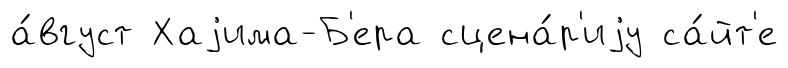
а́вгуст Хаjима-Б'ера сцена́р'иjу са́йт'е